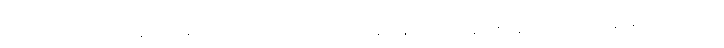
ဒါဟာ အရင် ၈၈ တုန်းက ရေးနဲ့ထားဝယ်ကိုတောင် တစ်နေကုန် မောင်းနေရတာနဲ့စာရင် လမ်းပန်းဆက်သွယ်ရေး